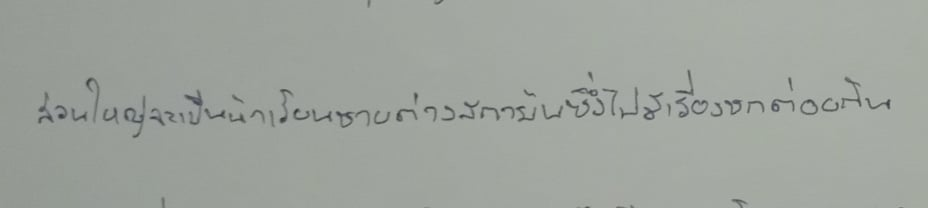
ส่วนใหญ่จะเป็นนักเรียนชายต่างสถาบันซึ่งไปมีเรื่องชกต่อยกัน